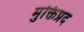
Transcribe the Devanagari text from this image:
मुक्तिप्रद